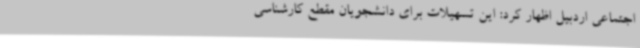
اجتماعی اردبیل اظهار کرد: این تسهیلات برای دانشجویان مقطع کارشناسی